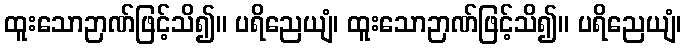
ထူးသောဉာဏ်ဖြင့်သိ၍။ ပရိညေယျံ၊ ထူးသောဉာဏ်ဖြင့်သိ၍။ ပရိညေယျံ၊